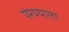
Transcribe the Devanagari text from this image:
पेरण्याला